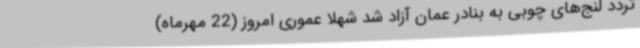
تردد لنج‌های چوبی به بنادر عمان آزاد شد شهلا عموری امروز (22 مهرماه)